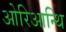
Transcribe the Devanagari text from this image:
ओरिआन्थि